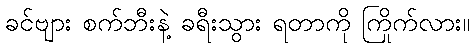
ခင်ဗျား စက်ဘီးနဲ့ ခရီးသွား ရတာကို ကြိုက်လား။